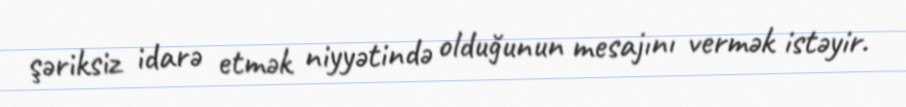
şəriksiz idarə etmək niyyətində olduğunun mesajını vermək istəyir.